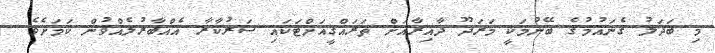
މި ބަދަލު ގެނައުމުގެ ބޭނުމަކީ މަރަދޫ ދާއިރާއަށް ތަރައްގީއަށްޓަކައި ސަރުކާރާ އެއްބާރުލެއްވުން ކަމަށެވެ.